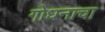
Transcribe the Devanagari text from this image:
गोधनाचा